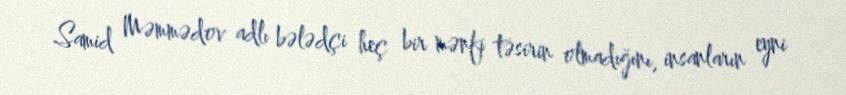
Samid Məmmədov adlı bələdçi heç bir mənfi təsirin olmadığını, insanların eyni